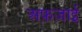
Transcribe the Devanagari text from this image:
अफ़ज़ाई